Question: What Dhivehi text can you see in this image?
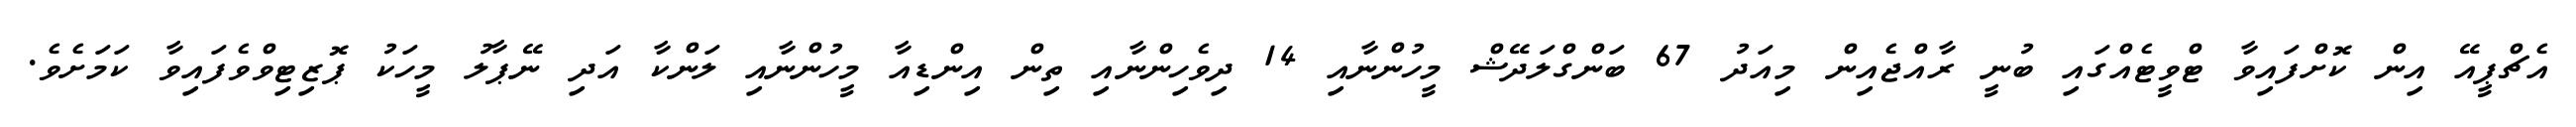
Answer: އެޗްޕީއޭ އިން ކޮށްފައިވާ ޓްވީޓެއްގައި ބުނީ ރާއްޖެއިން މިއަދު 67 ބަންގްލަދޭޝް މީހުންނާއި 14 ދިވެހިންނާއި ތިން އިންޑިއާ މީހުންނާއި ލަންކާ އަދި ނޭޕާލު މީހަކު ޕޮޒިޓިވްވެފައިވާ ކަމަށެވެ.